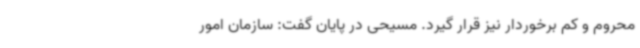
محروم و کم برخوردار نیز قرار گیرد. مسیحی در پایان گفت: سازمان امور